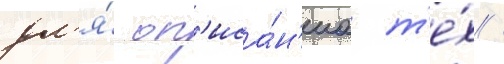
дл'я́ оп'иса́н'иа т'е́х /